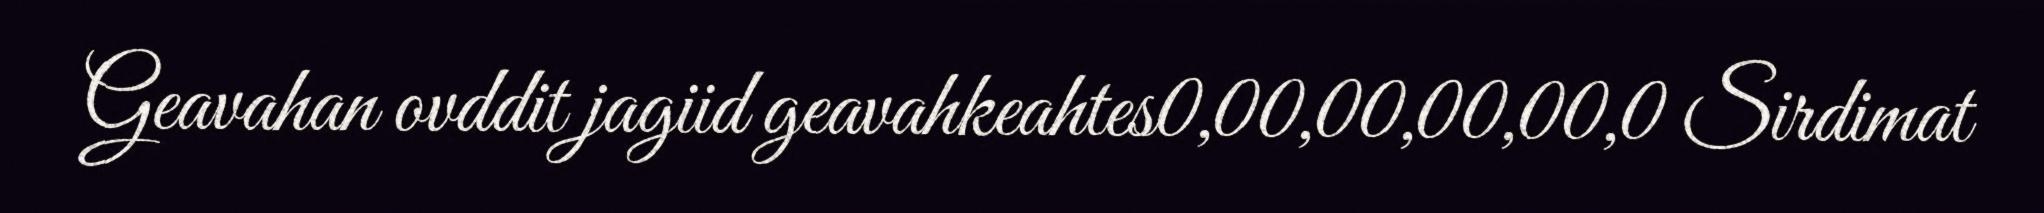
Geavahan ovddit jagiid geavahkeahtes0,00,00,00,00,0 Sirdimat